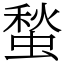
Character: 蝵